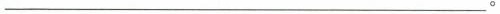
________________。